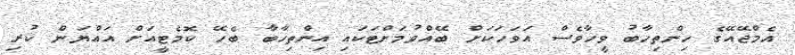
އެމްޖޭއޭގެ ހިންތިހާބު ވީހާވެސް އަވަހަކަށް ބޭއްވުމަށްޓަކައި އިންތިހާބާ ބެހޭ ކޮމެޓީއަށް އައްޔަން ކުރި